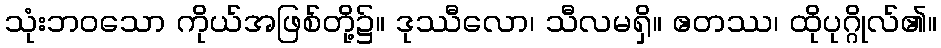
သုံးဘဝသော ကိုယ်အဖြစ်တို့၌။ ဒုဿီလော၊ သီလမရှိ။ ဧတဿ၊ ထိုပုဂ္ဂိုလ်၏။